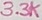
Text: 3.3K